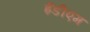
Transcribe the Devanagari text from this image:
ईडीएम